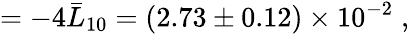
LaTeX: =-4\bar{L}_{10}=(2.73\pm 0.12)\times 10^{-2}\; ,